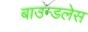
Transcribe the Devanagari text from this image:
बाउन्डलेस